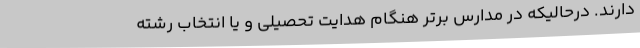
دارند. درحالیکه در مدارس برتر هنگام هدایت تحصیلی و یا انتخاب رشته